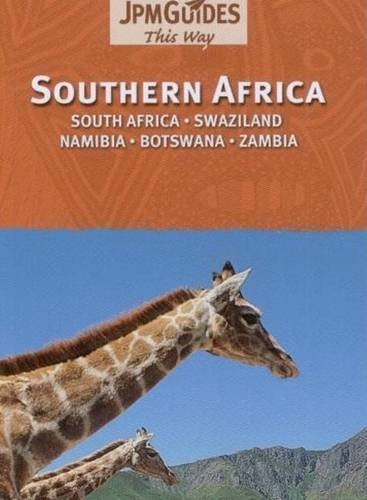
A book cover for Southern Africa: South Africa - Swaziland - Nambia - Botswana - Zambia; Martin Gostelow; Travel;